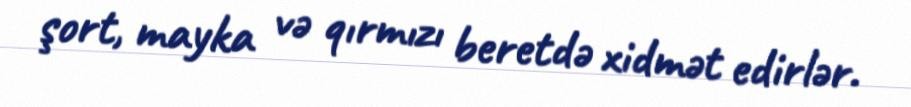
şort, mayka və qırmızı beretdə xidmət edirlər.